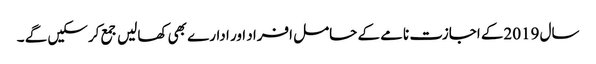
سال 2019کے اجازت نامے کے حامل افراد اور ادارے بھی کھالیں جمع کرسکیں گے ۔